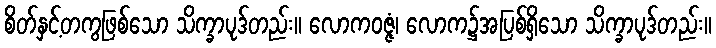
စိတ်နှင့်တကွဖြစ်သော သိက္ခာပုဒ်တည်း။ လောကဝဇ္ဇံ၊ လောက၌အပြစ်ရှိသော သိက္ခာပုဒ်တည်း။